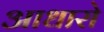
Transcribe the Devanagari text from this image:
आधारो